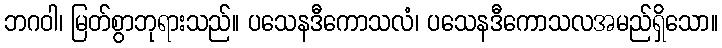
ဘဂဝါ၊ မြတ်စွာဘုရားသည်။ ပသေနဒီကောသလံ၊ ပသေနဒီကောသလအမည်ရှိသော။